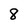
Character: 8